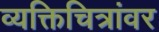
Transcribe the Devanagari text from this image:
व्यक्तिचित्रांवर